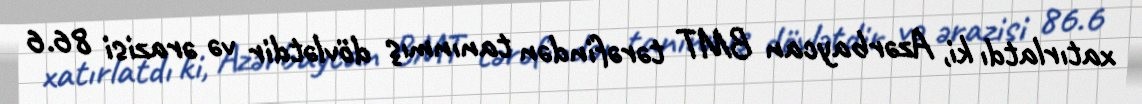
xatırlatdı ki, Azərbaycan BMT tərəfindən tanınmış dövlətdir və ərazisi 86.6